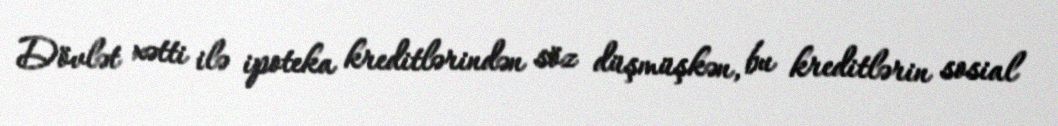
Dövlət xətti ilə ipoteka kreditlərindən söz düşmüşkən, bu kreditlərin sosial